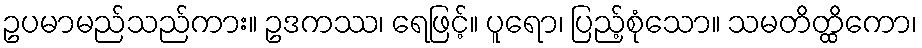
ဥပမာမည်သည်ကား။ ဥဒကဿ၊ ရေဖြင့်။ ပူရော၊ ပြည့်စုံသော။ သမတိတ္ထိကော၊